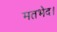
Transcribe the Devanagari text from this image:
मतभेद।